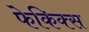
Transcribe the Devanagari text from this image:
फेकिक्स